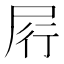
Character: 𰍶